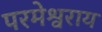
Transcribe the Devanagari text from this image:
परमेश्वराय